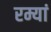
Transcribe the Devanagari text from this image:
रम्यां